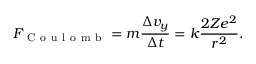
F _ { \mathrm { ~ C ~ o ~ u ~ l ~ o ~ m ~ b ~ } } = m \frac { \Delta v _ { y } } { \Delta t } = k \frac { 2 Z e ^ { 2 } } { r ^ { 2 } } .